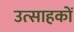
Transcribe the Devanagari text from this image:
उत्साहकों